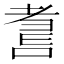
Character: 𱻮